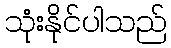
သုံးနိုင်ပါသည်